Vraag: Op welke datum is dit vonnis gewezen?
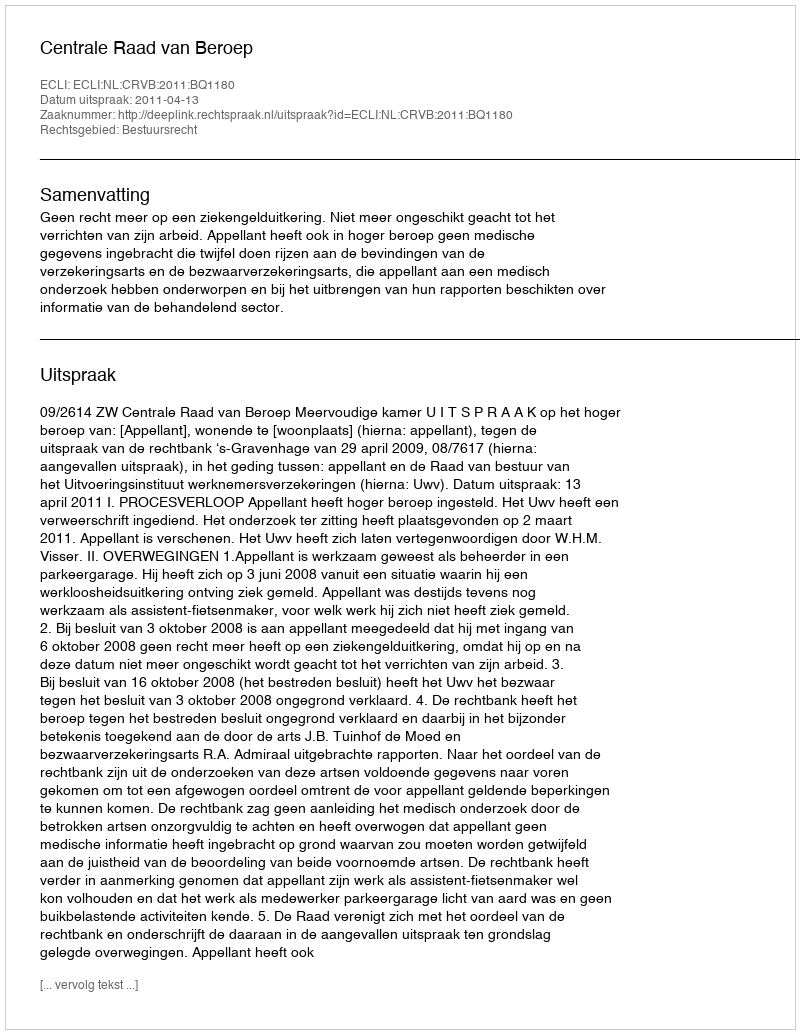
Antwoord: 2011-04-13